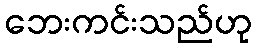
ဘေးကင်းသည်ဟု